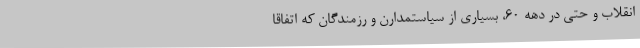
انقلاب و حتی در دهه 60، بسیاری از سیاستمدارن و رزمندگان که اتفاقا